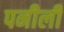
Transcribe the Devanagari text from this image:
पनीली